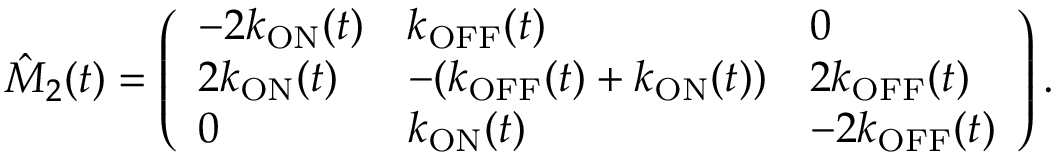
\hat { M } _ { 2 } ( t ) = \left( \begin{array} { l l l } { - 2 k _ { \mathrm { O N } } ( t ) } & { k _ { \mathrm { O F F } } ( t ) } & { 0 } \\ { 2 k _ { \mathrm { O N } } ( t ) } & { - ( k _ { \mathrm { O F F } } ( t ) + k _ { \mathrm { O N } } ( t ) ) } & { 2 k _ { \mathrm { O F F } } ( t ) } \\ { 0 } & { k _ { \mathrm { O N } } ( t ) } & { - 2 k _ { \mathrm { O F F } } ( t ) } \end{array} \right) .